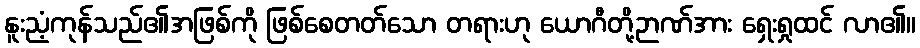
နူးညံ့ကုန်သည်၏အဖြစ်ကို ဖြစ်စေတတ်သော တရားဟု ယောဂီတို့ဉာဏ်အား ရှေးရှုထင် လာ၏။